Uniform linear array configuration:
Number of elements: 4
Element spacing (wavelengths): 0.75
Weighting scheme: cosine
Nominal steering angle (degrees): -15
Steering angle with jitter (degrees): -13.368
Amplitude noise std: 0.05
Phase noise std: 0.05

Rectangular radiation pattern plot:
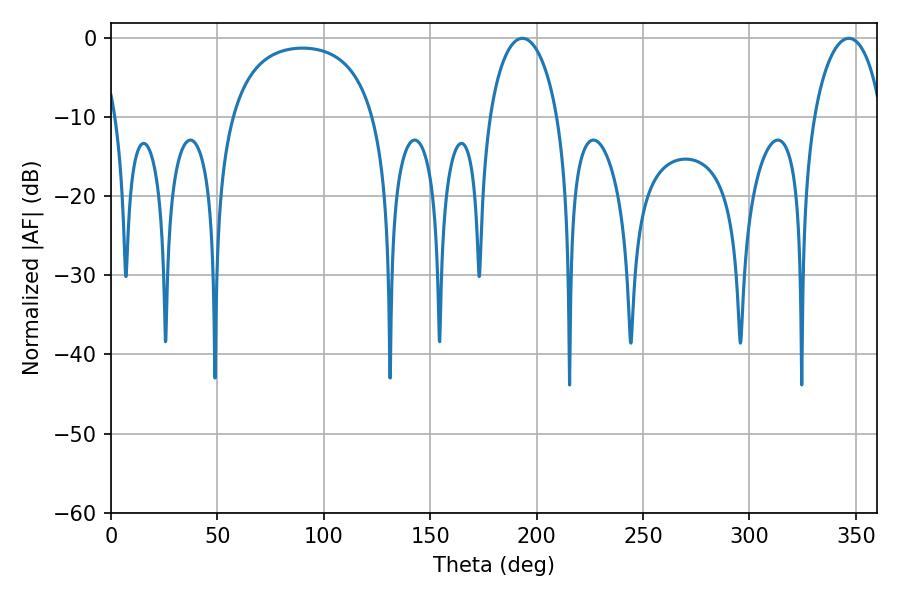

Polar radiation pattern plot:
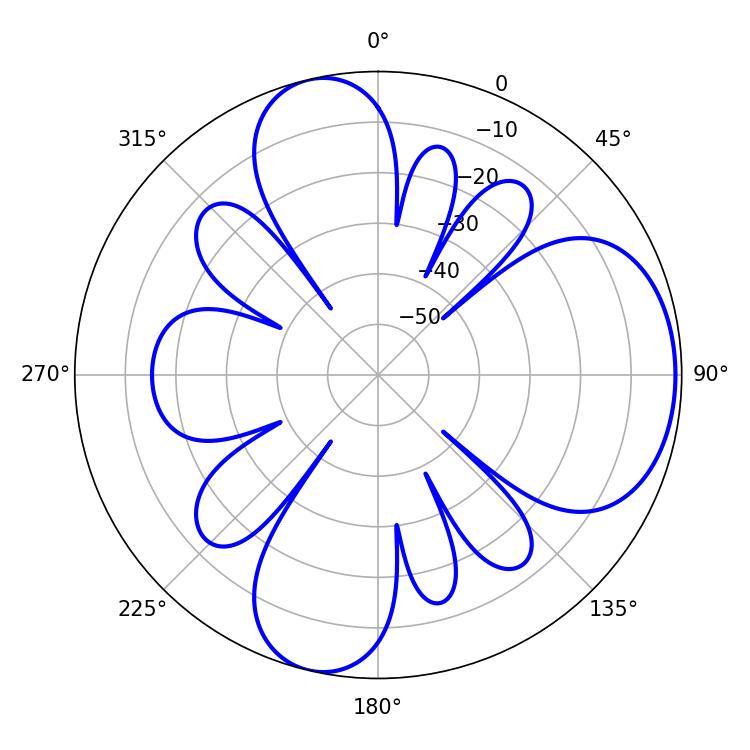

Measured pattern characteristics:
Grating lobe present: TRUE
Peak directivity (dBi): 6.992
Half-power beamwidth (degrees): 18.36
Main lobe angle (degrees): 193.32